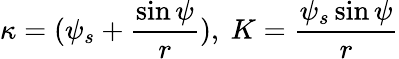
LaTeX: \kappa=(\psi_{s}+\frac{\sin\psi}{r}),~K=\frac{\psi_{s}\sin\psi}{r}